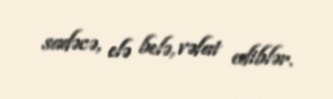
sadəcə, elə belə, vəfat ediblər.